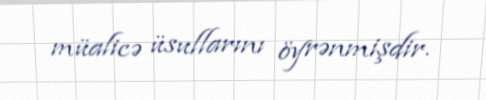
müalicə üsullarını öyrənmişdir.